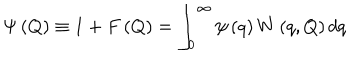
\Psi \left( Q \right) \equiv 1 + F \left( Q \right) = \int _ { 0 } ^ { \infty } \psi \left( q \right) W \left( q , Q \right) d q